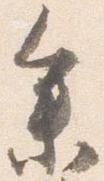
参